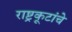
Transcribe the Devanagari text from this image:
राष्ट्रकूटांचे